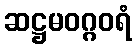
ဆဋ္ဌမဝဂ္ဂဝရံ